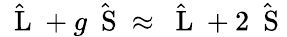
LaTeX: \hat{\mathrm{~\mathbf~L~}}+g\hat{\mathrm{~\mathbf~S~}}\approx\hat{\mathrm{~\mathbf~L~}}+2\hat{\mathrm{~\mathbf~S~}}